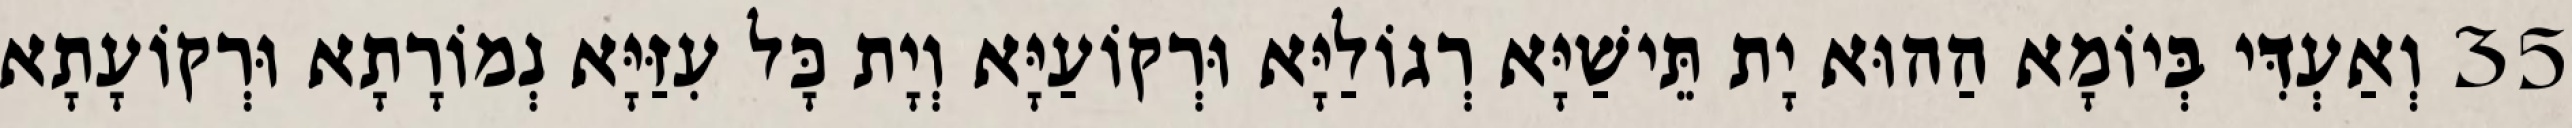
35 וְאַעְדִּי בְּיוֹמָא הַהוּא יָת תֵּישַׁיָּא רְגוֹלַיָּא וּרְקוֹעַיָּא וְיָת כָּל עִזַּיָּא נְמוֹרָתָא וּרְקוֹעָתָא